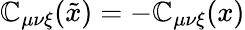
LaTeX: \mathbb{C}_{\mu\nu\xi}(\tilde{{x}})=-\mathbb{C}_{\mu\nu\xi}(x)